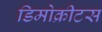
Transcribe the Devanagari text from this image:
डिमोक्रीटस